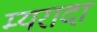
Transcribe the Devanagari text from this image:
म्यरादा